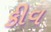
કીવ